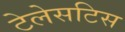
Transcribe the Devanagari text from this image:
टेलेसटिस